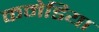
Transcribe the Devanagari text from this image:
कमेडिया